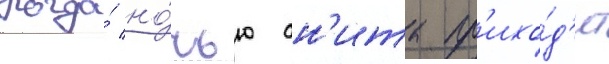
Когда́ но́чью ан'ита пр'ихо́д'ит